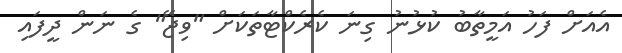
އެއަށް ފަހު އަމީތާބު ކުޅުނު ގިނަ ކެރެކްޓާތަކަށް "ވިޖޭ" ގެ ނަން ދީފައި